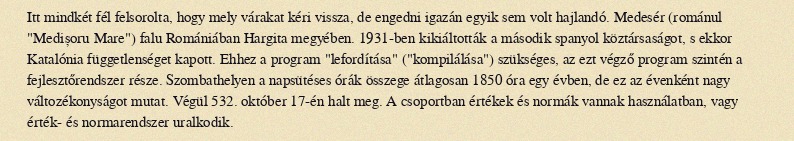
Itt mindkét fél felsorolta, hogy mely várakat kéri vissza, de engedni igazán egyik sem volt hajlandó. Medesér (románul "Medișoru Mare") falu Romániában Hargita megyében. 1931-ben kikiáltották a második spanyol köztársaságot, s ekkor Katalónia függetlenséget kapott. Ehhez a program "lefordítása" ("kompilálása") szükséges, az ezt végző program szintén a fejlesztőrendszer része. Szombathelyen a napsütéses órák összege átlagosan 1850 óra egy évben, de ez az évenként nagy változékonyságot mutat. Végül 532. október 17-én halt meg. A csoportban értékek és normák vannak használatban, vagy érték- és normarendszer uralkodik.